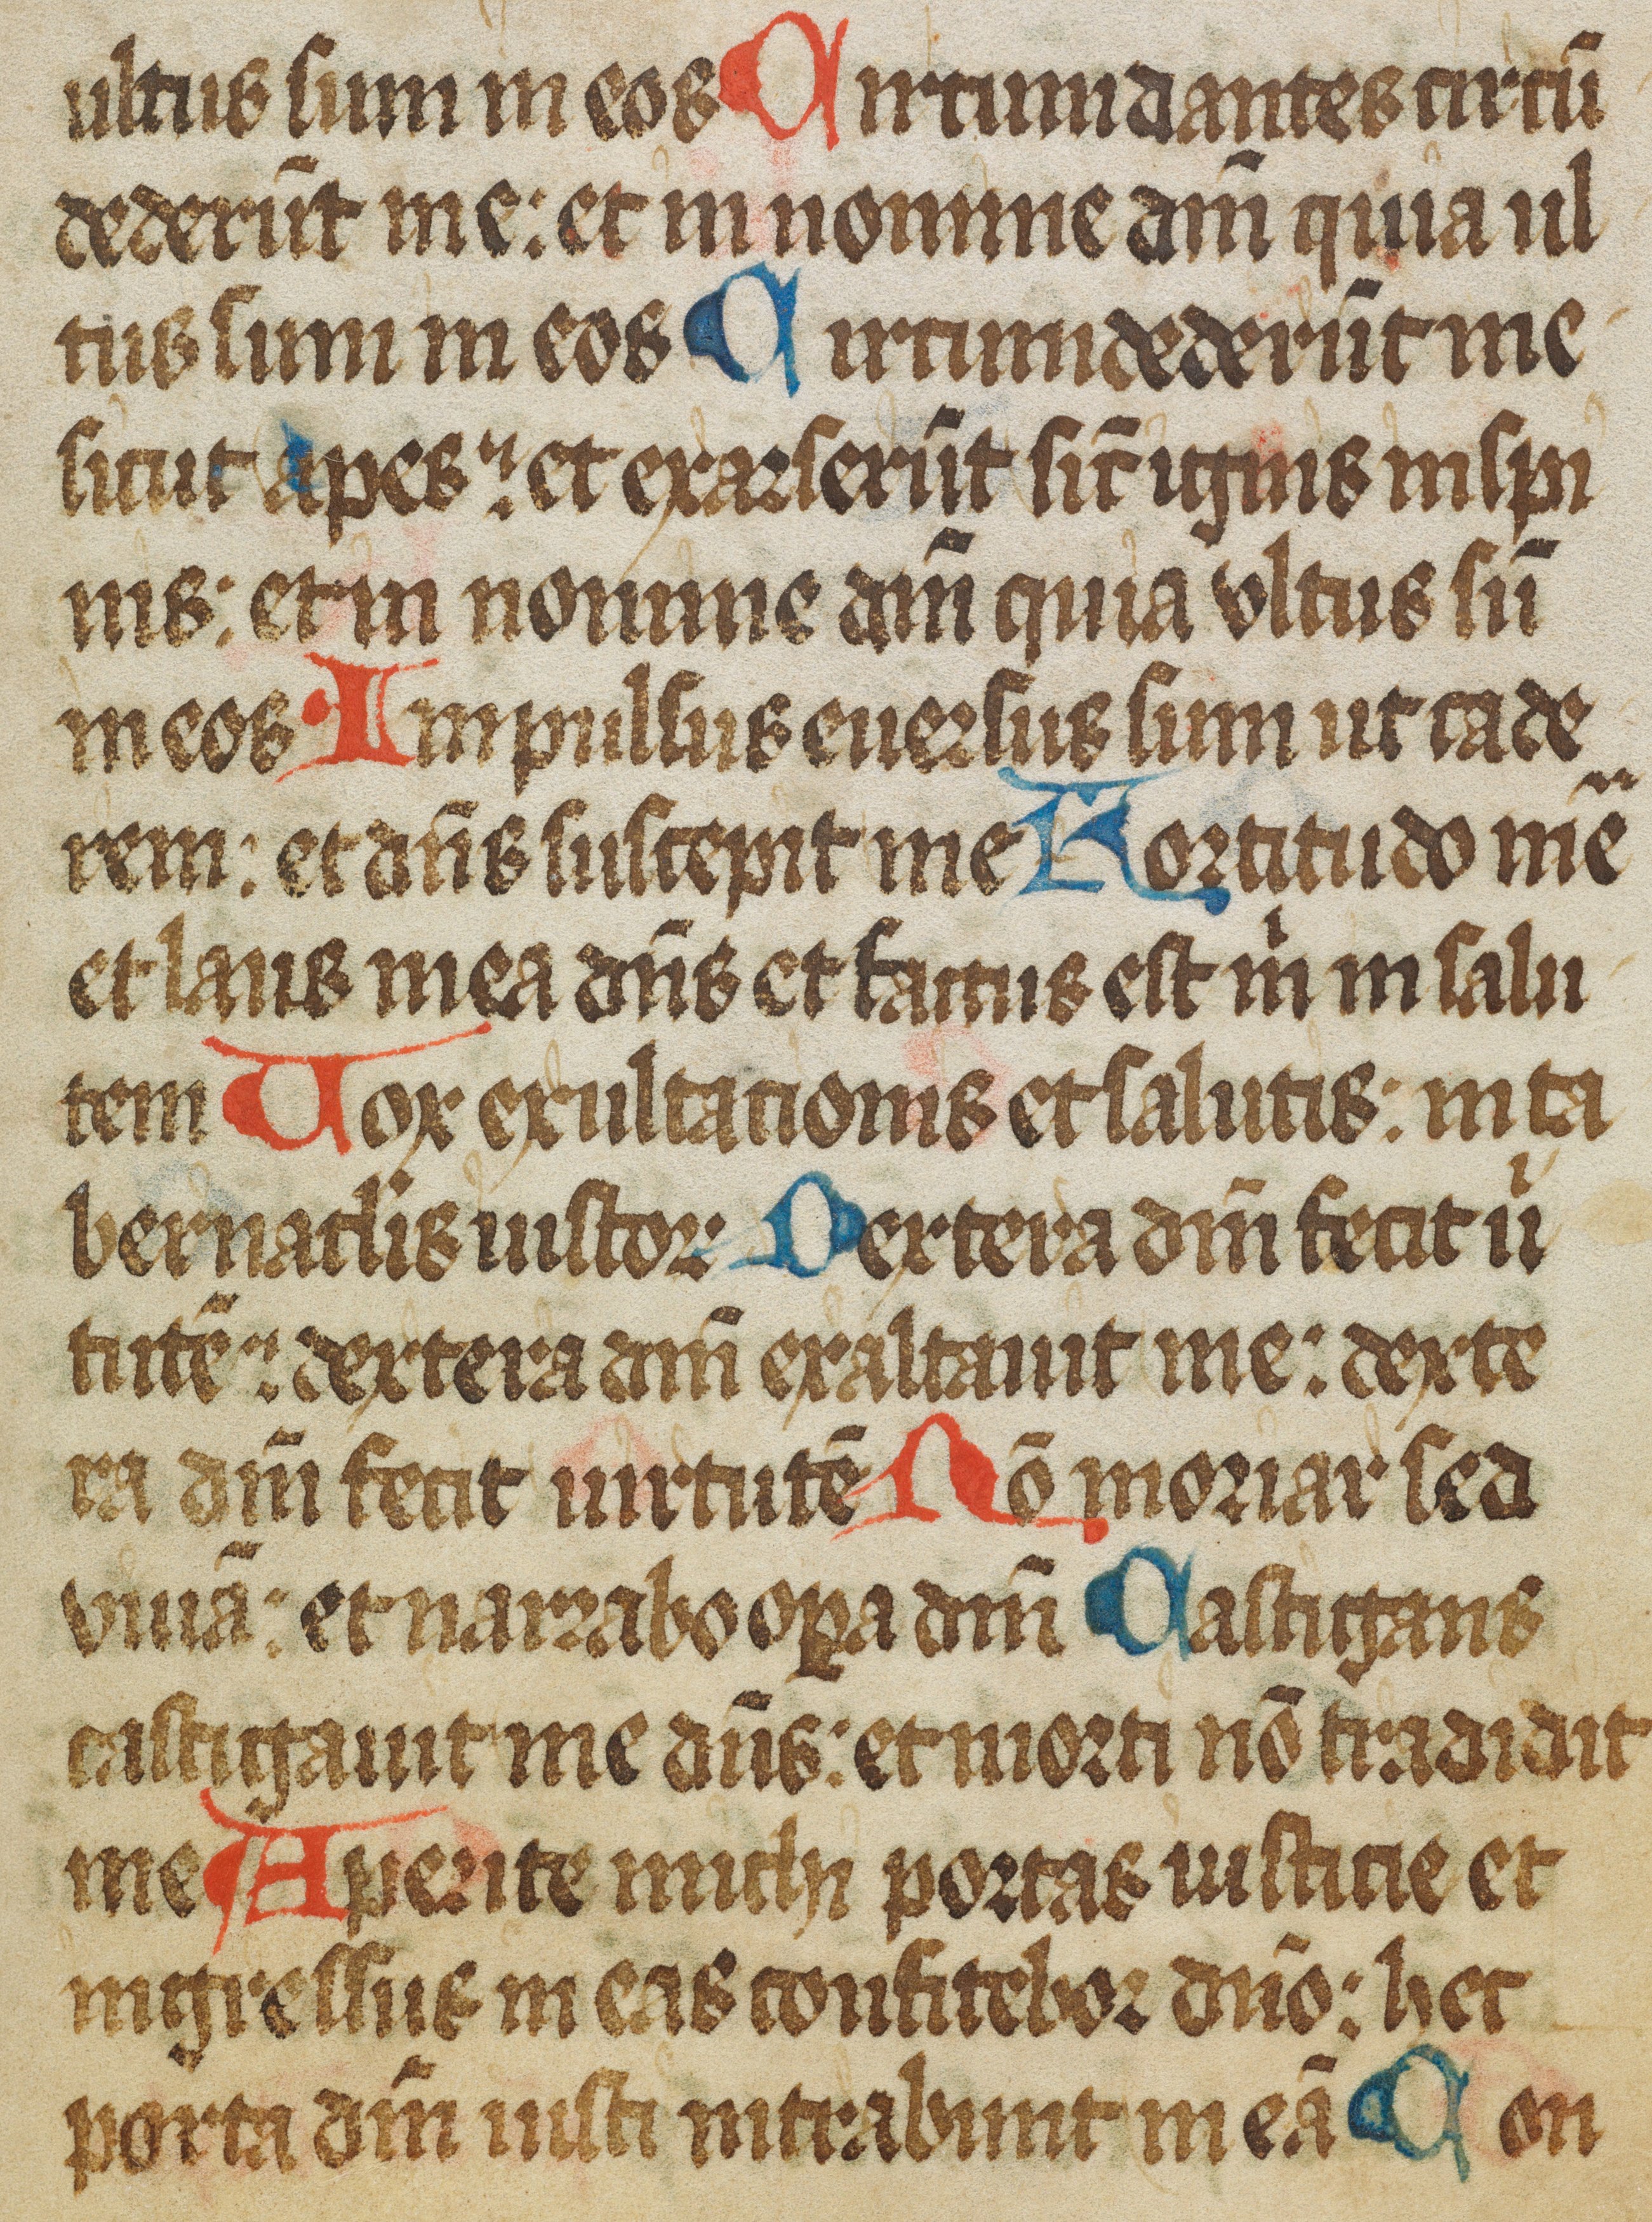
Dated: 1450–1499